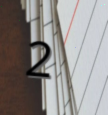
2